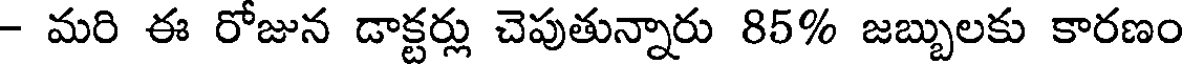
- మరి ఈ రోజున డాక్టర్లు చెపుతున్నారు 85% జబ్బులకు కారణం